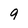
Character: 9